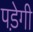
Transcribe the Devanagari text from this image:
पडे़गी